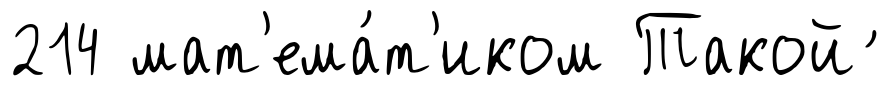
214 мат'ема́т'иком Такой ́